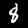
Digit: 8